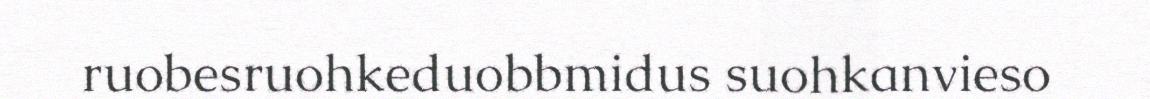
ruobesruohkeduobbmidus suohkanvieso